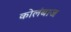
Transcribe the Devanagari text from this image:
कोलंबाज